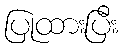
ပြုထားပြီး